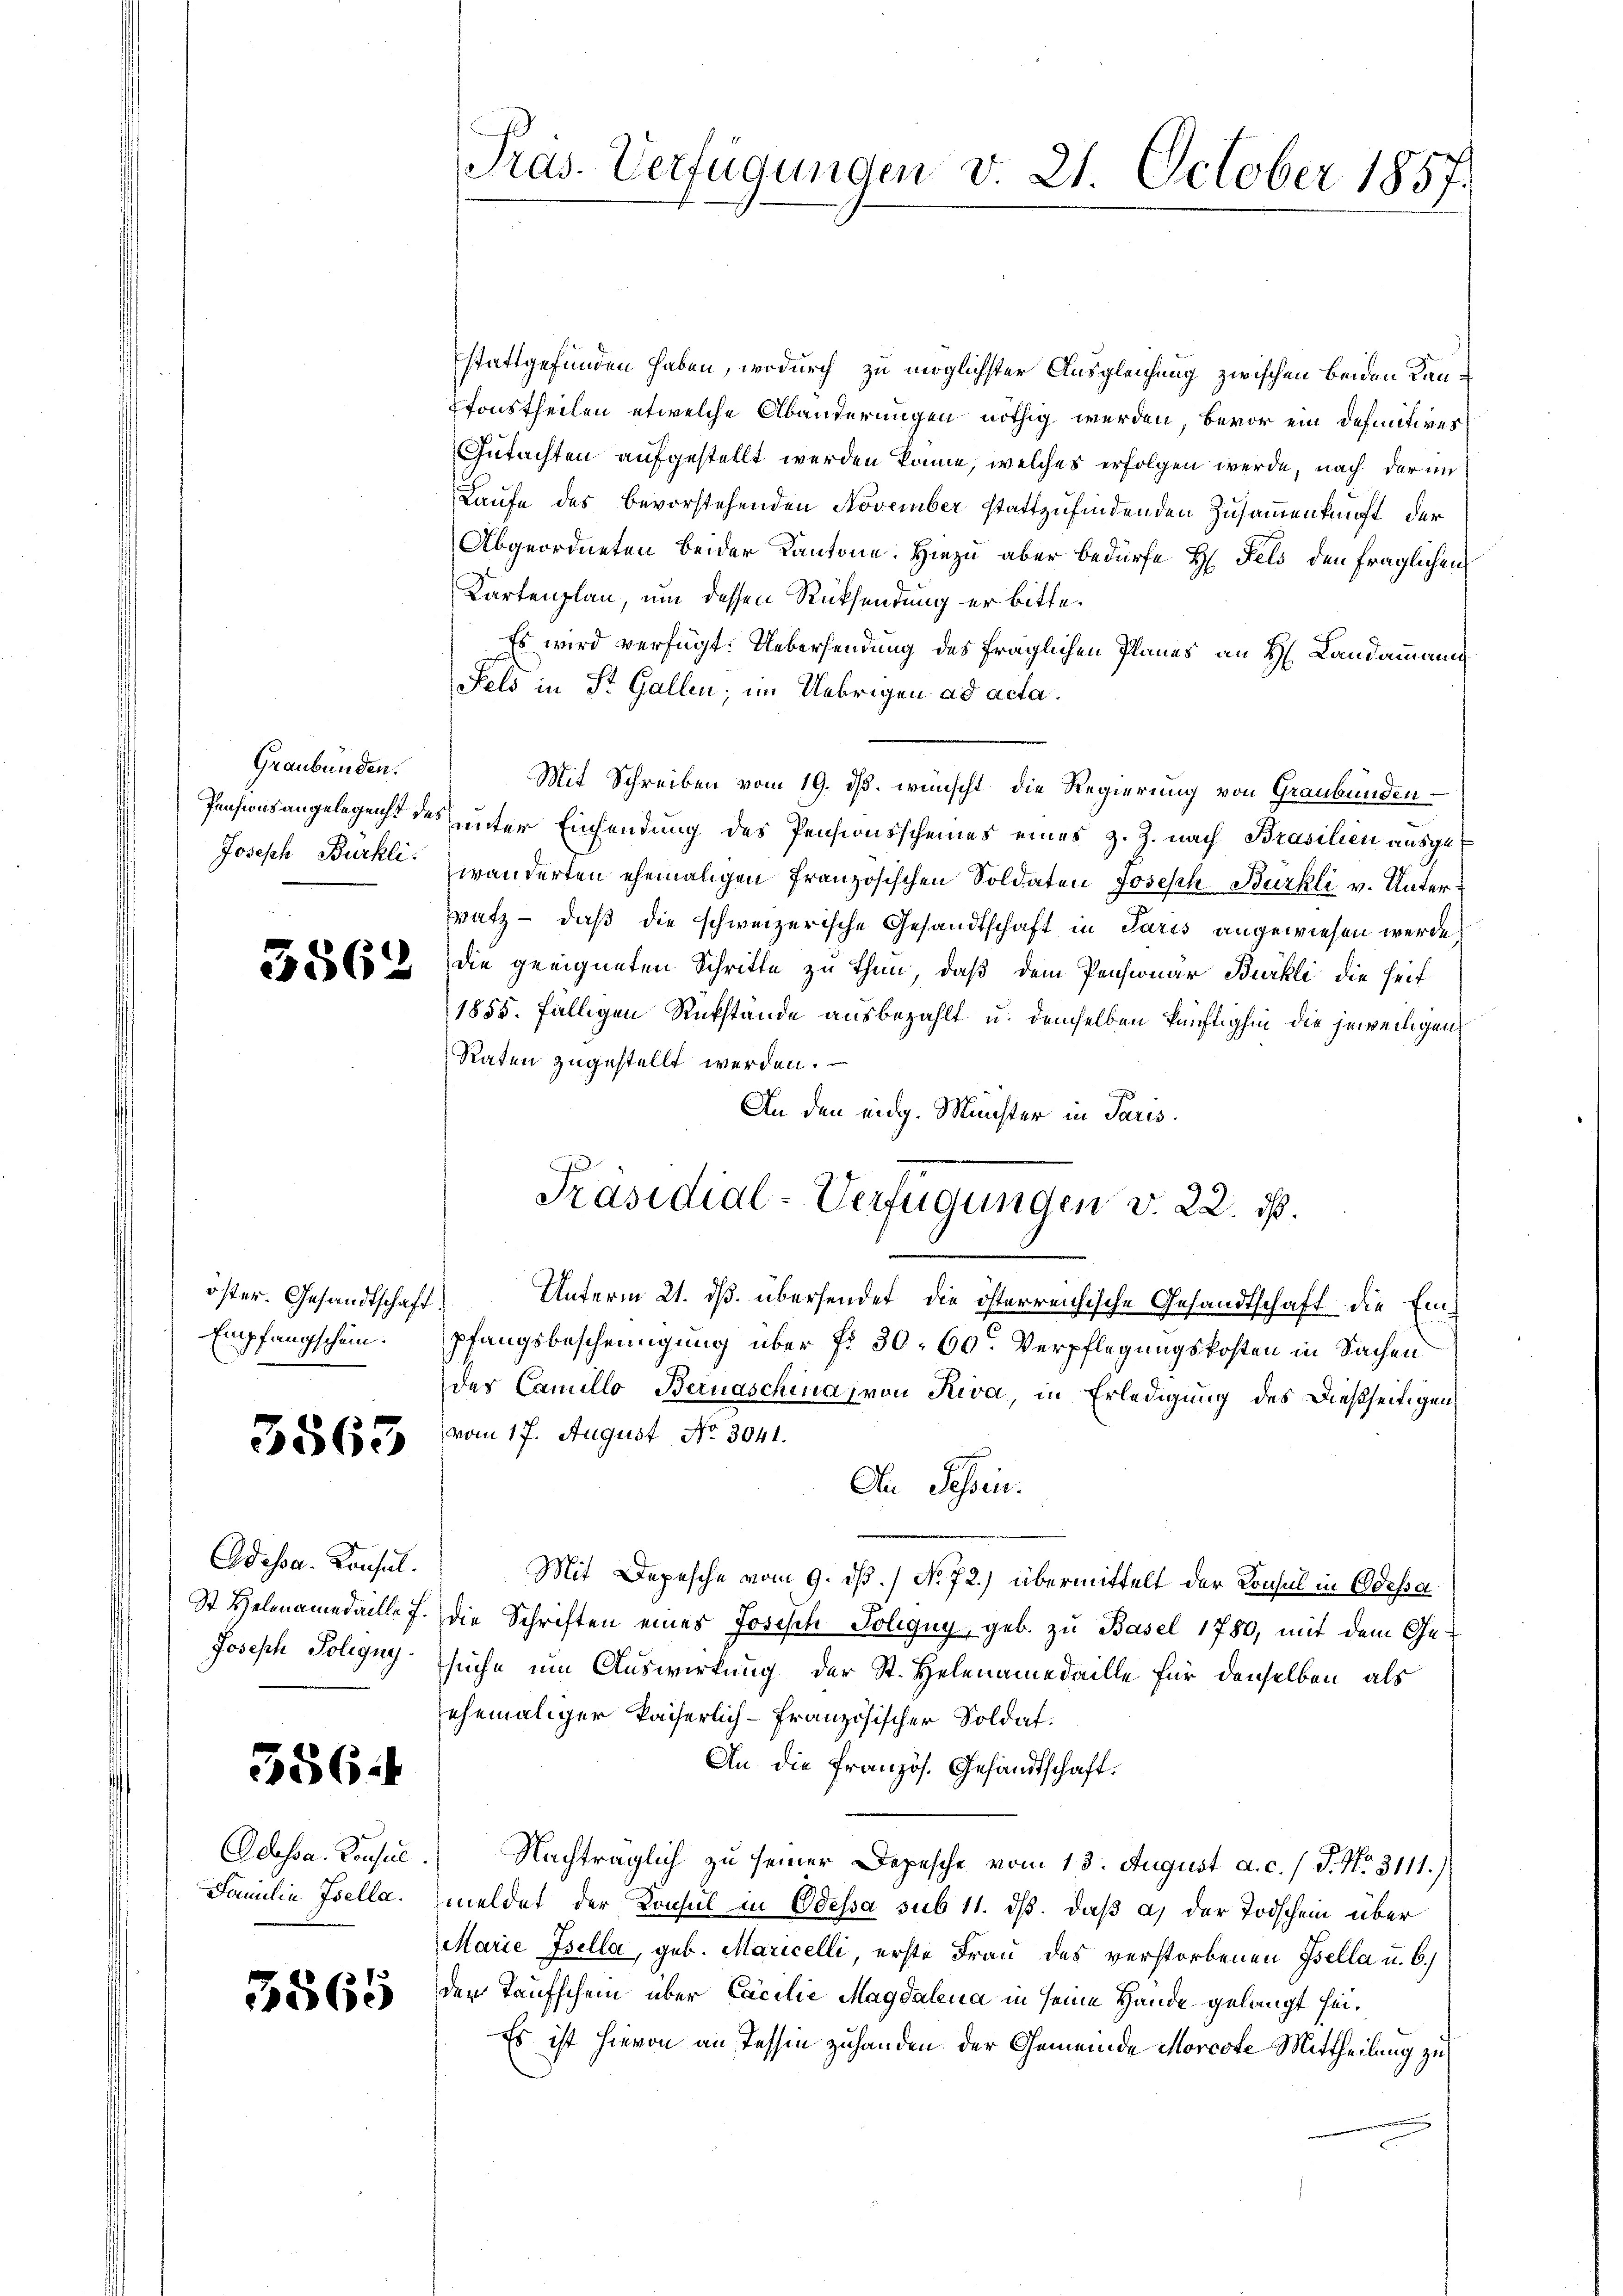
Graubünden.

3562

öster. Gesandtschaft.
Empfangschein.

3563

Odessa. Konsul.
Joseph Poligny.

556.

Familie Isella.

5565

stattgefunden haben, wodurch zu möglichster Ausgleichung zwischen beiden Kantonstheilen etwelche Abänderungen nöthig werden, bevor ein Definitives
Gutachten aufgestellt werden könne, welches erfolgen werde, nach der in
Laufe des bevorstehenden November stattzufindenden Zusammenkunft der
Abgeordneten beider Kantone. Hiezu aber bedürfe H. Fels den fraglichen
Kartenplan, um dessen Rücksendung er bitte.
Es wird verfügt: Uebersendung des fraglichen Planes an H. Landammann
Feld in St. Gallen; im Uebrigen ad acta.
Mit Schreiben vom 19. ds. wünscht die Regierung von Graubünden
Pensionsangelegenst des unter Einsendung des Pensionsscheines eines z. Z. nach Brasilien ausge¬
Joseph Burkte wanderten ehemaligen französischen Soldaten Joseph-Bürkli v. Unter¬
Fratz – daß die schweizerische Gesandtschaft in Paris angewiesen werde,
die geeigneten Schritte zu thun, daß dem Pensionär Bürkli die Heit¬
1855. fälligen Rükstände ausbezahlt u. demselben künftighin die jeweiligen
Raten zugestellt werden.
An den eidg. Minister in Paris.
Präsidial-Verfügungen v. 22. ds.
Unterm 21. ds. übersendet, die österreichische Gesandtschaft die Einpfangsbescheinigung über fr. 30. 60. Verpflegungskosten in Sachen
des Camillo Bernaschina, von Riva, in Erledigung des dießseitigenvom 17. August No. 3041.
An Schen.
Mit Depesche vom 9. dß. / No. 72.) übermittelt der Konsul in Odessa
St Helenamedaille f. die Schriften eines Josisch Poligny, geb. zu Basel 1780, mit dem Gesuche um Auswirkung der St. Helenamedaille für denselben als
ehemaliger kaiserlich-Französischer Soldat.
An. die französ. Gesandtschaft.
Odessa. Konsul. Nachträglich zu seiner Depesche vom 13. August a. c. / J. No. 3111.)
meldet der Konsul in Odessa sub 11. ds. daß a) der Todschein über
Marie Isella, geb. Maricelli, erste Frau des verstorbenen Isella u. b.)
der Taufschein über Cocilie Magdalena in seine Hande gelangt sei¬
Es ist hievon an Tessin zuhanden der Gemeinde Morcote Mittheilung zu

Präs. Verfügungen v. 21. October 1857.